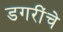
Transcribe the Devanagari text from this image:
डगरींचे